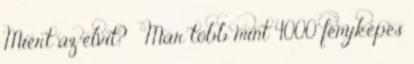
Miért az élvit? » Már több mint 4000 fényképes